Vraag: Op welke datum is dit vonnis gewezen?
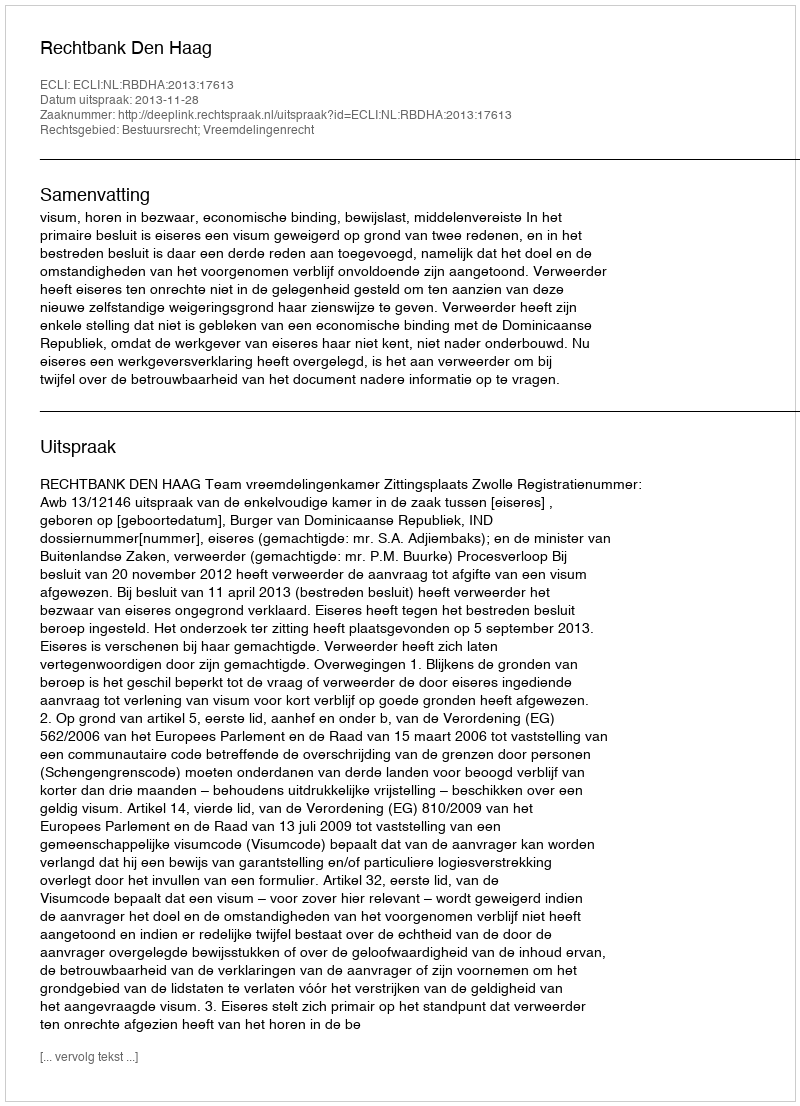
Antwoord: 2013-11-28